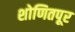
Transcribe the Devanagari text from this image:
शोणितपूर